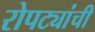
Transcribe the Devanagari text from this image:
रोपट्यांची